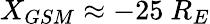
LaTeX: X_{GSM}\approx-25~R_{E}